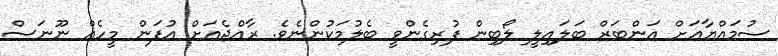
ސުމައްޔާއަށް އަންބަރް ބަލައިލީ ލޯބިން ފުރިގެންވީ ބެލުމަކުންނެވެ. ރާއްޖެއަށް އުފަން މީހެއް ނޫނަސް